Annual administration report of the Civil Veterinary Department of India - 1900-1901
Year: 1900
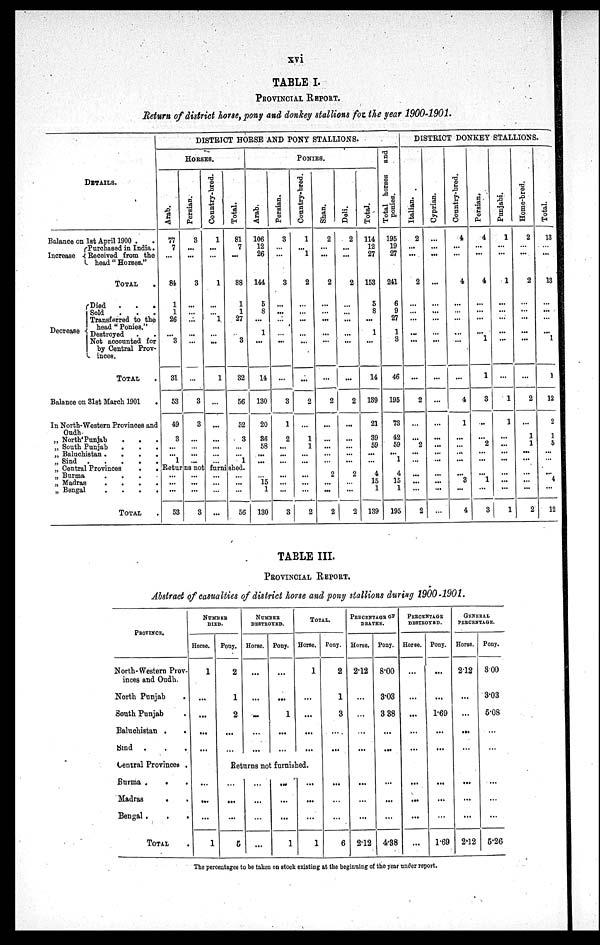
xvi
TABLE I.
PROVINCIAL REPORT.
Return of district horse, pony and donkey stallions for the year 1900-1901.
DETAILS.
Balance on 1st April 1900 . .
Increase
Purchased in India .
Received from the
head "Horses."
TOTAL .
Decrease
Died
.
.
.
Sold . . .
Transferred to the
head "Ponies."
Destroyed
.
.
Not accounted for
by Central Prov-
inces.
TOTAL .
Balance on 31st March 1901 .
In North-Western Provinces and
Oudh
„ North Punjab . . .
„ South Punjab
.
.
.
„ Baluchistan .
.
.
.
„ Sind
.
.
.
.
„ Central Provinces
.
.
„ Burma
.
.
.
.
„ Madras . . . .
„ Bengal . . . .
TOTAL .
DISTRICT HORSE AND PONT STALLIONS.
HORSES.
Arab.
77
7
...
84
1
1
26
...
2
31
53
49
3
...
...
1
Persian.
3
...
...
3
...
...
...
...
...
...
3
3
...
... ...
...
Country-bred.
1
...
...
1
...
... 1
...
...
1
...
...
...
...
...
...
Total.
81
7
...
88
1
1
27
3
32
56
52
3
...
...
1
Returns not furnished.
... ...
...
53
...
...
...
3
...
...
...
...
... ...
...
56
PONIES.
Arab.
106
12
26
144
5
8
...
1
...
14
130
20
36
58
...
...
...
... 15
1
130
Persian.
3
...
...
3
...
...
...
...
...
...
3
1
2
...
...
...
...
...
...
...
3
Country-bred.
1
...
1
2
...
...
...
...
...
...
2
...
1
1
...
...
...
...
...
...
2
Shan.
2
...
...
2
...
...
...
...
...
...
2
...
...
...
...
...
...
2
...
...
2
Deli.
2
...
. ..
2
...
...
...
...
...
2
...
. ..
...
...
. ..
...
2
...
...
2
Total.
114
12
27
153
5
8
...
1
...
14
139
21
39
59
...
...
...
4
15
1
139
Total horses and
ponies.
195
19
27
241
6
9
27
1
3
46
195
73
42
59
...
1
...
4
15
1
195
DISTRICT DONKEY STALLIONS.
Italian.
2
...
...
2
...
...
...
...
...
...
2
...
...
2
...
...
...
...
...
...
2
Cyprian.
...
...
...
...
...
...
...
...
...
...
...
...
...
...
...
...
...
...
...
...
...
Country-bred.
4
...
...
4
...
...
...
...
...
...
4
1
...
...
...
...
...
3
...
4
Persian.
4
...
...
4
...
...
...
...
1
1
3
...
...
2
...
...
...
1
...
3
Punjabi.
1
...
...
1
...
...
...
...
...
1
1
...
...
...
...
...
...
...
1
Home-bred.
2
...
...
2
...
...
...
...
...
...
2
...
1
1
...
...
...
...
...
2
Total.
13
...
...
13
...
...
...
...
1
1
12
2
1
5
...
...
4
...
12
TABLE III.
PROVINCIAL REPORT.
Abstract of casualties of district horse and pony stallions during 1900-1901.
PROVINCE.
North-Western Prov-
inces and Oudh .
North Punjab .
South Punjab .
Baluchistan .
.
Sind . . .
Central Provinces .
Burma .
.
.
Madras
.
Bengal .
.
.
TOTAL .
NUMBER
DIED.
Horse.
1
...
...
...
...
...
...
...
1
Pony.
2
1
2
...
NUMBER
DESTROYED.
Horse.
...
....
...
...
Pony.
...
1
...
...
TOTAL.
Horse.
1
...
...
...
...
Returns not furnished.
...
...
...
5
...
...
...
...
...
...
...
1
...
...
...
1
Pony.
2
1
3
...
...
...
...
6
PERCENTAGE OF
DEATHS.
Horse.
2.12
...
...
...
...
...
...
...
2.12
Pony.
8.00
3.03
3 38
...
...
...
...
...
4.38
PERCENTAGE
DESTROYED.
Horse.
...
...
...
...
...
...
...
...
Pony.
...
1.69
...
...
...
...
...
1.69
GENERAL
PERCENTAGE .
Horse.
212
...
...
...
...
...
...
...
2.12
Pony.
800
3.03
5.08
...
...
...
5.26
The percentages to be taken on stock existing at the beginning of the year under report.